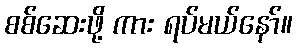
စစ်ဆေးဖို့ ကား ရပ်မယ်နော်။